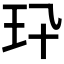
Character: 𤣭